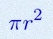
\pi r^2